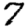
Digit: 7